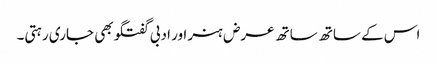
اس کے ساتھ ساتھ عرض ہنر اور ادبی گفتگو بھی جاری رہتی۔